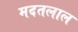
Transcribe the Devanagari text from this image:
मदतलाल